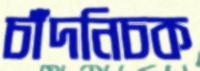
চাঁদনিচক